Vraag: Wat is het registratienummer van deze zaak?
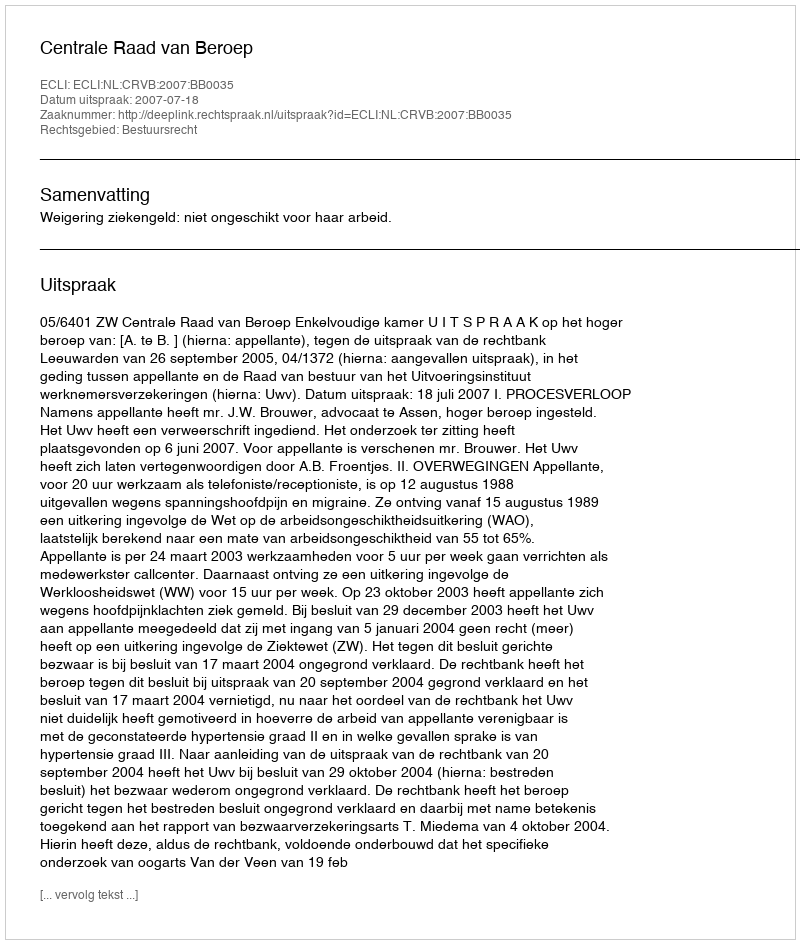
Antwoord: http://deeplink.rechtspraak.nl/uitspraak?id=ECLI:NL:CRVB:2007:BB0035